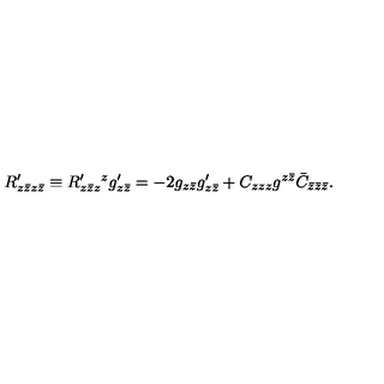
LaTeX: R _ { z \bar { z } z \bar { z } } ^ { \prime } \equiv R _ { z \bar { z } z } ^ { \prime } { } ^ { z } g _ { z \bar { z } } ^ { \prime } = - 2 g _ { z \bar { z } } g _ { z \bar { z } } ^ { \prime } + C _ { z z z } g ^ { z \bar { z } } \bar { C } _ { \bar { z } \bar { z } \bar { z } } .